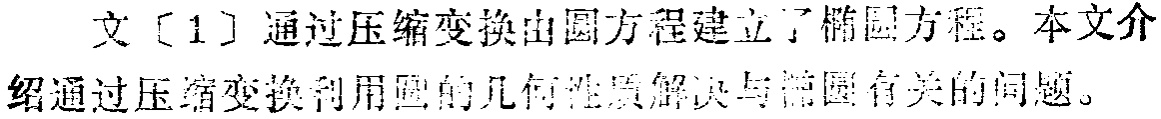
文[1]通过压缩变换由圆方程建立了椭圆方程。本文介绍通过压缩变换利用圆的几何性质解决与椭圆有关的问题。